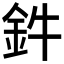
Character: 鈝